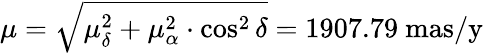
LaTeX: \mu={\sqrt{\mu_{\delta}^{2}+\mu_{\alpha}^{2}\cdot\cos^{2}\delta}}=1907.79~{\mathrm{mas/y}}